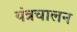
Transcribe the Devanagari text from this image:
यंत्रचालन